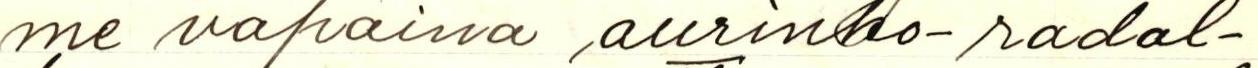
me vapaina aurinko-radal-